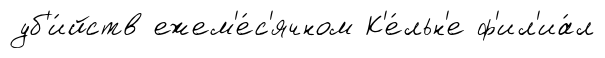
уб'и́йств ежем'е́с'ячном К'е́льн'е ф'ил'иа́л